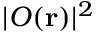
| O ( \mathbf { r } ) | ^ { 2 }